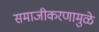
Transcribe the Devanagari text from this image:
समाजीकरणामुळे